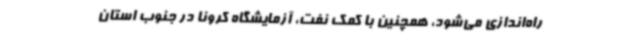
راه‌اندازی می‌شود، همچنین با کمک نفت، آزمایشگاه کرونا در جنوب استان